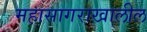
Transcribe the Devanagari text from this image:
महासागराखालील